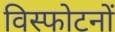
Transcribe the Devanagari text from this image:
विस्फोटनों